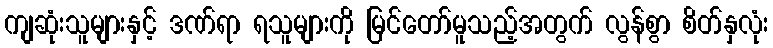
ကျဆုံးသူများနှင့် ဒဏ်ရာ ရသူများကို မြင်တော်မူသည့်အတွက် လွန်စွာ စိတ်နှလုံး